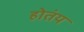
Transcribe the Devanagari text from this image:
होतंय